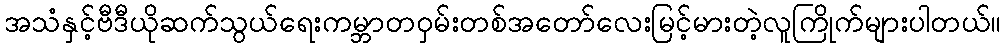
အသံနှင့်ဗီဒီယိုဆက်သွယ်ရေးကမ္ဘာတဝှမ်းတစ်အတော်လေးမြင့်မားတဲ့လူကြိုက်များပါတယ်။